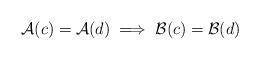
LaTeX: \begin{align*}\mathcal{A}(c) = \mathcal{A}(d)\implies\mathcal{B}(c) = \mathcal{B}(d)\end{align*}